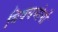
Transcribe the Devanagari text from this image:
विषयभोगों